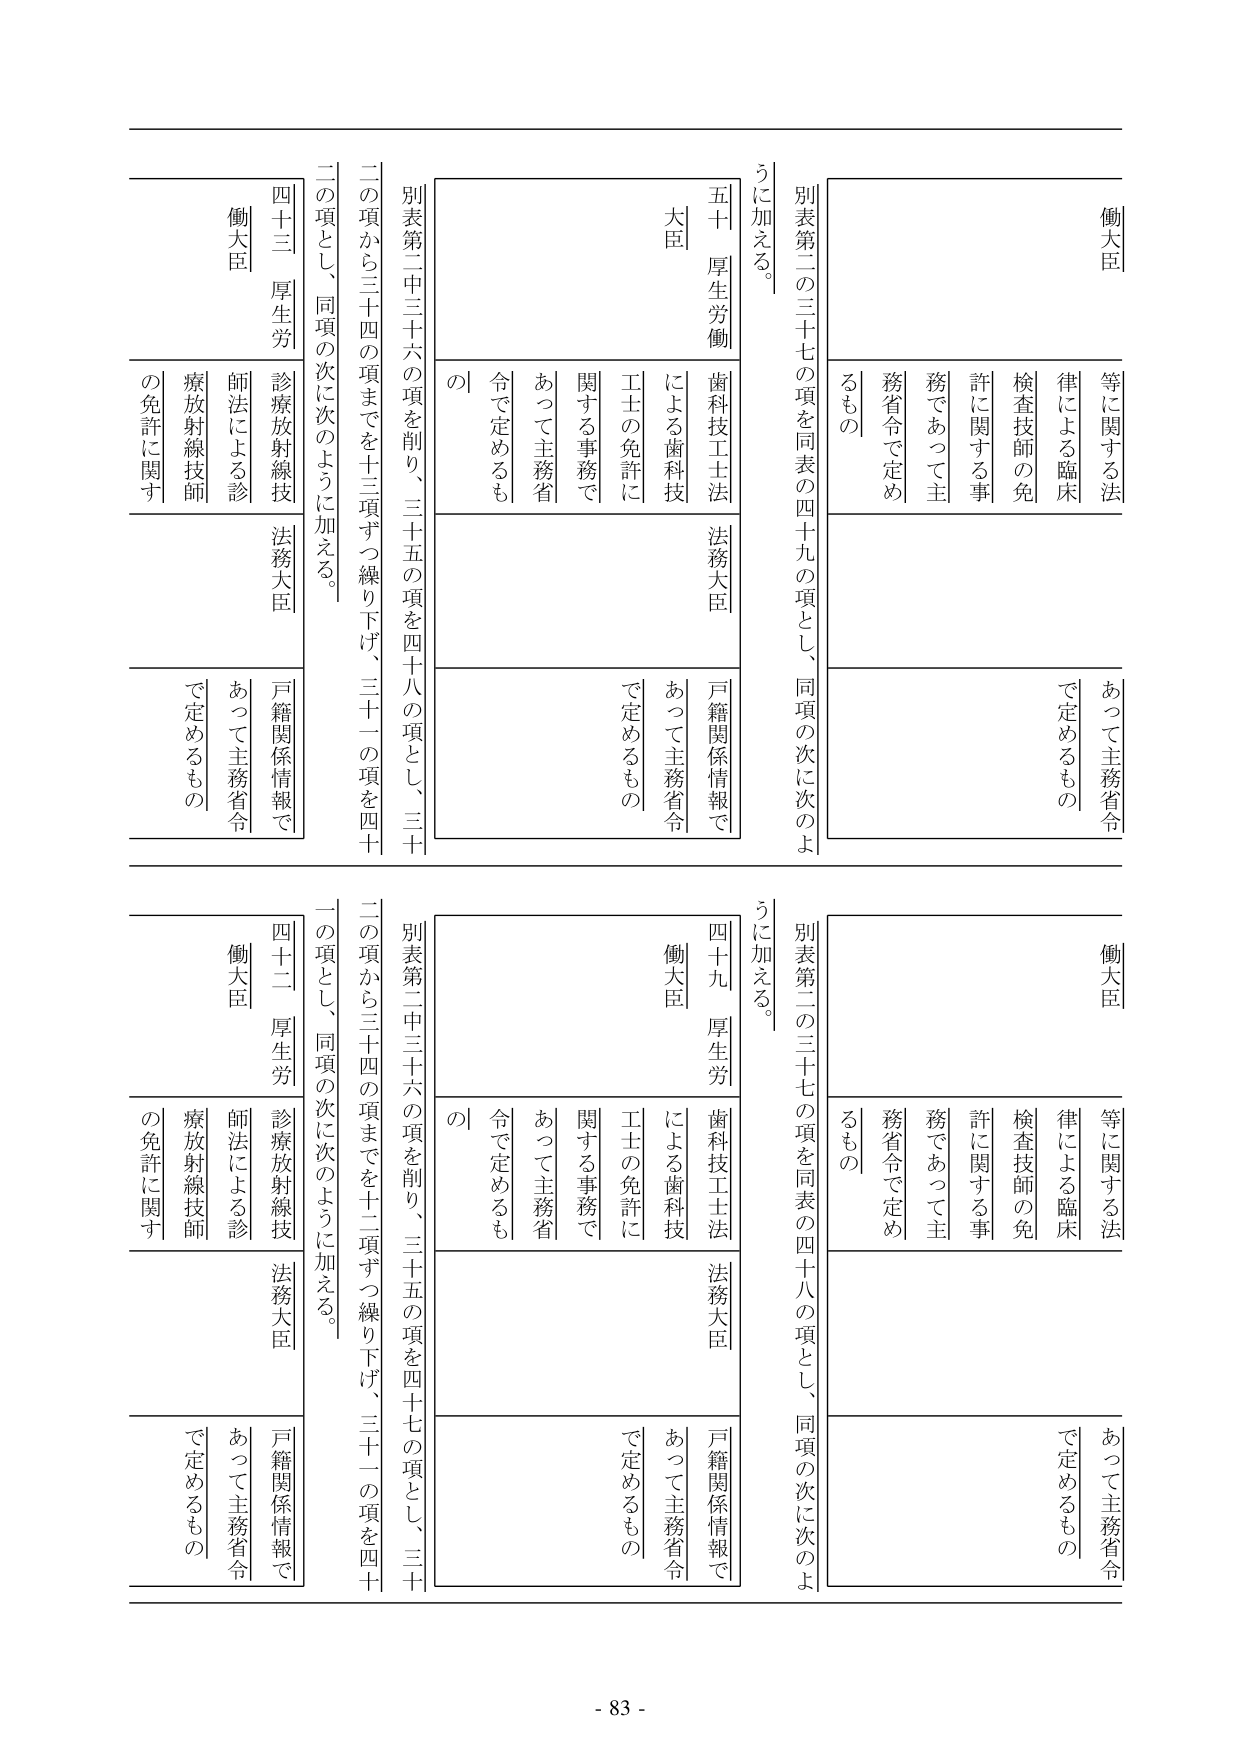
別表第二の三十七の項を同表の四十九の項とし、同項の次に次のよう に加える。

働大臣
等に関する法
律による臨床
検査技師の免
許に関する事
務であって主
務省令で定め
るもの

あつて主務省令
で定めるもの

五十 厚生労働
歯科技工士法
による歯科技
工士の免許に
関する事務で
あつて主務省
令で定めるも
の

法務大臣
戸籍関係情報で
あつて主務省令
で定めるもの

別表第二中三十六の項を削り、三十五の項を四十八の項とし、三十
二の項から三十四の項までを十二項ずつ繰り下げ、三十一の項を四十
二の項とし、同項の次に次のように加える。

四十三 厚生労
診療放射線技
師法による診
療放射線技師
の免許に関す

法務大臣
戸籍関係情報で
あつて主務省令
で定めるもの

働大臣

別表第二の三十七の項を同表の四十八の項とし、同項の次に次のよう に加える。

働大臣
等に関する法
律による臨床
検査技師の免
許に関する事
務であって主
務省令で定め
るもの

あつて主務省令
で定めるもの

四十九 厚生労
歯科技工士法
による歯科技
工士の免許に
関する事務で
あつて主務省
令で定めるも
の

法務大臣
戸籍関係情報で
あつて主務省令
で定めるもの

別表第二中三十六の項を削り、三十五の項を四十七の項とし、三十
二の項から三十四の項までを十二項ずつ繰り下げ、三十一の項を四十
一の項とし、同項の次に次のように加える。

四十二 厚生労
診療放射線技
師法による診
療放射線技師
の免許に関す

法務大臣
戸籍関係情報で
あつて主務省令
で定めるもの

働大臣

- 83 -